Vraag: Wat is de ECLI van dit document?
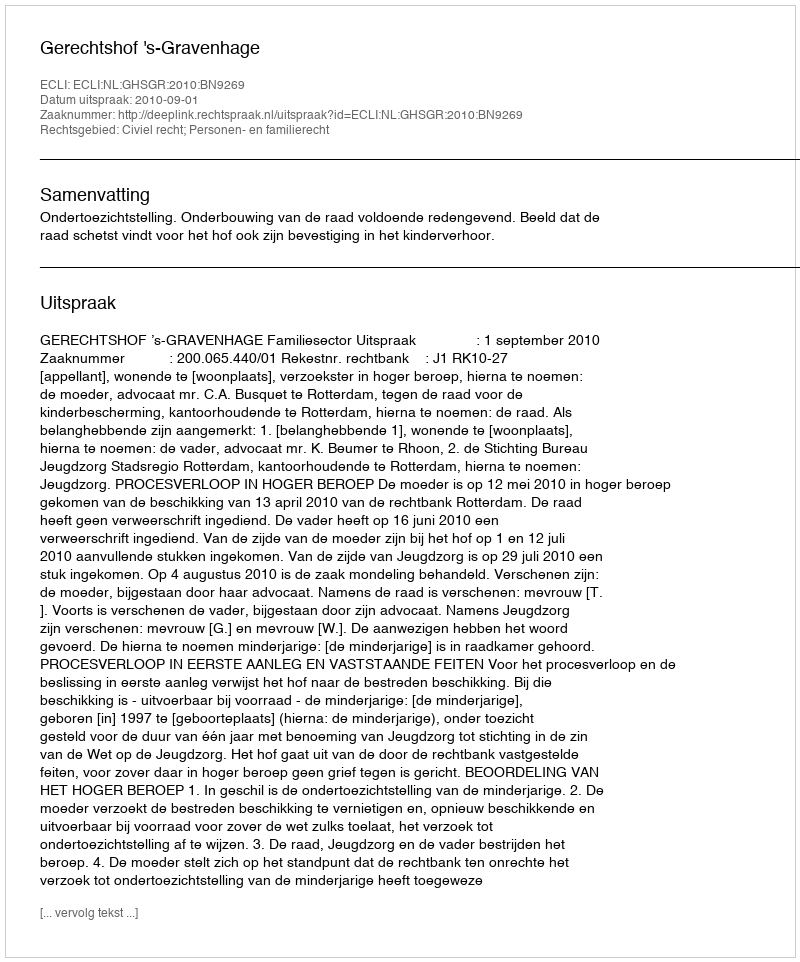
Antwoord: ECLI:NL:GHSGR:2010:BN9269